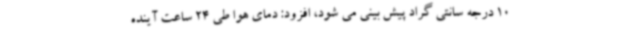
10 درجه سانتی گراد پیش بینی می شود، افزود: دمای هوا طی 24 ساعت آینده